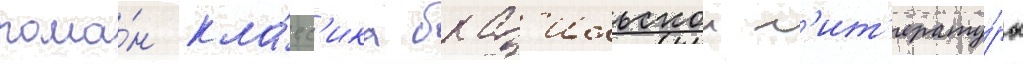
рома́н кла́сс'ика браз'ильскои л'ит'ерату́ры